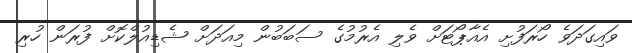
ވައިގަދަވެ ހޯރަފުށި އެއާޕޯޓަށް ވެލި އެރުމުގެ ސަބަބުން މިއަދަށް ޝެޑިއުލްކޮށް ފުރަން ހުރި